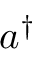
a ^ { \dagger }